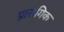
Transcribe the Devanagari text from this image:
प्रासगिक